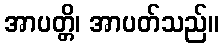
အာပတ္တိ၊ အာပတ်သည်။